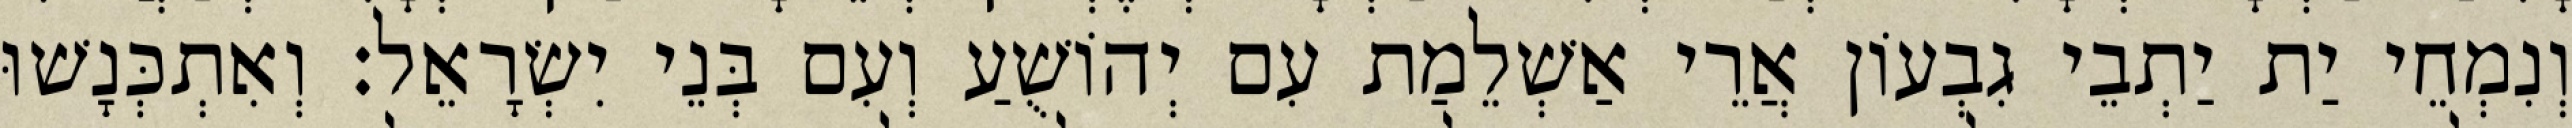
וְנִמְחֵי יַת יַתְבֵי גִבְעוֹן אֲרֵי אַשְׁלֵמַת עִם יְהוֹשֻׁעַ וְעִם בְּנֵי יִשְׂרָאֵל׃ וְאִתְכְּנָשׁוּ